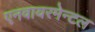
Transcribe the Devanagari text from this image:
एनवायरमेन्टल